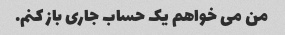
من می خواهم یک حساب جاری باز کنم.